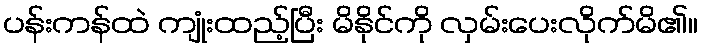
ပန်းကန်ထဲ ကျုံးထည့်ပြီး မိနိုင်ကို လှမ်းပေးလိုက်မိ၏။